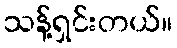
သန့်ရှင်းတယ်။